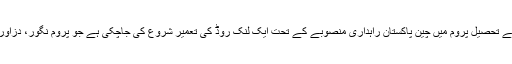
گہرام بلوچ نے مزیدکہا کہ پنجگور کے تحصیل پروم میں چین پاکستان راہداری منصوبے کے تحت ایک لنک روڈ کی تعمیر شروع کی جاچکی ہے جو پروم نگور، دزاور شمسر کے علاقوں سے گزرتی ہے۔